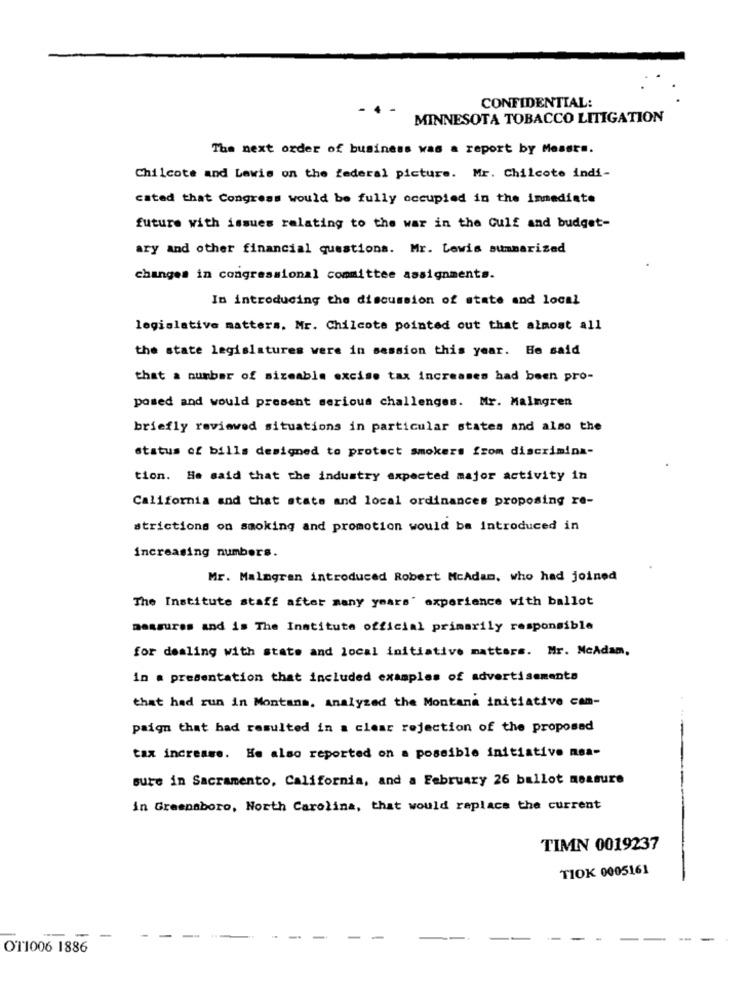
CONFIDENTIAL:
- 4
MINNESOTA TOBACCO LITIGATION
The next order of business was a report by Messrs.
Chilcote and Lewis on the federal picture. Mr. Chilcote indi-
cated that Congress would be fully occupied in the immediate
future with issues relating to the war in the Gulf and budget-
ary and other financial questions. Mr. Lewis summarized
changes in congressional committee assignments.
In introducing the discussion of state and local
legislative matters. Mr. Chilcote pointed out that almost all
the state legislatures were in session this year. He said
that a number of sizeable excise tax increases had been pro-
posed and would present serious challenges. Mr. Malmgren
briefly reviewed situations in particular states and also the
status of bills designed to protect smokers from discrimina-
tion. He said that the industry expected major activity in
California and that state and local ordinances proposing re-
strictions on smoking and promotion would be introduced in
increasing numbers.
Mr. Malmgran introduced Robert McAdam, who had joined
The Institute staff after many years' experience with ballot
measures and is The Institute official primarily responsible
for dealing with state and local initiative matters. Mr. McAdam,
in a presentation that included examples of advertisements
that had run in Montana. Analyzed the Montana initiative cam-
paign that had resulted in a clear rejection of the proposed
tax increase. He also reported on a possible initiative msa-
sure in Sacramento, California, and a February 26 ballot measure
in Greensboro, North Carolina, that would replace the current
TIMN 0019237
TIOK 0005161
-
-
-
OT1006 1886